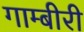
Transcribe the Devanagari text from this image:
गाम्बीरी